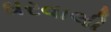
ઘરવાલી